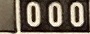
000